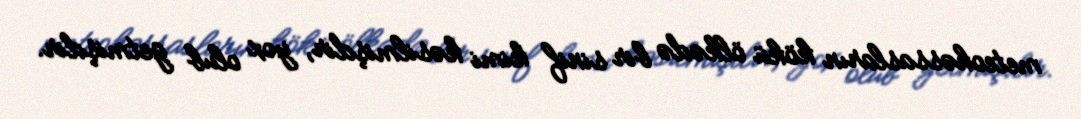
meteohəssasların kökü ölkədə bir sinif kimi kəsilmişdir, yox olub getmişdir.